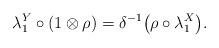
LaTeX: \begin{gather*}\lambda_1^Y \circ(1\otimes\rho)=\delta^{-1}\big(\rho\circ\lambda_1^X\big).\end{gather*}